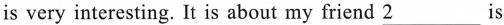
is very interesting. It is about my friend \underline{2}